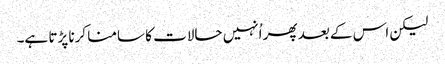
لیکن اس کے بعد پھر اُنہیں حالات کا سامنا کرنا پڑتا ہے۔